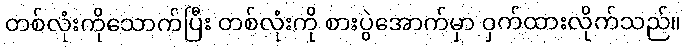
တစ်လုံးကိုသောက်ပြီး တစ်လုံးကို စားပွဲအောက်မှာ ဝှက်ထားလိုက်သည်။